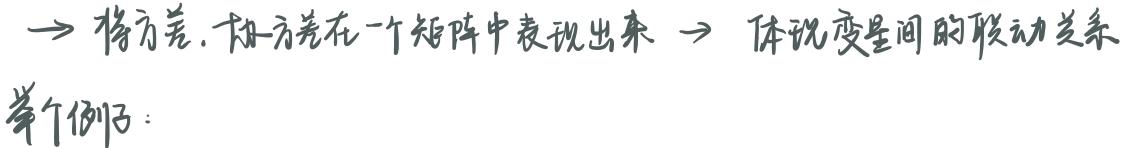
$\rightarrow$ 将方差. 协方差在一个矩阵中表现出来 $\rightarrow$ 体现变量间的联动关系

举个例子：